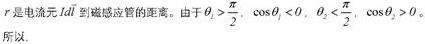
$r$是电流元$Id\vec{l}$到磁感应管的距离。由于$\theta_1>\frac{\pi}{2},\ \cos\theta_1<0,\ \theta_2<\frac{\pi}{2},\ \cos\theta_2>0$。所以，